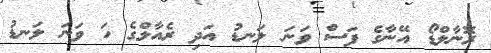
ރޮނާލްޑޯ އޭނާގެ ފަސް ވަނަ ލަނޑު އަދި ރެއާލްގެ ހަ ވަނަ ލަނޑު